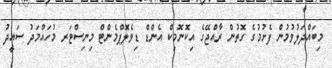
މިބައްދަލުވުމުން ފެށުމުގެ ގޮތުން ރާއްޖޭގެ އިކޮނޮމިކް އެންޑް ޑިވެލޮޕްމެންޓް މިނިސްޓަރ މުހައްމަދު ސައީދު